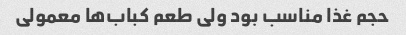
حجم غذا مناسب بود ولی طعم کباب‌ها معمولی